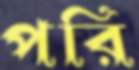
পরি